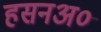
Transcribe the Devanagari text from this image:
हसनअ०